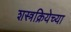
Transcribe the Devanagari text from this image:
शस्त्रक्रियेच्या